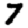
Digit: 7